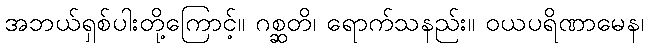
အဘယ်ရှစ်ပါးတို့ကြောင့်။ ဂစ္ဆတိ၊ ရောက်သနည်း။ ဝယပရိဏာမေန၊